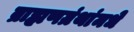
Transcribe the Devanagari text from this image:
ब्राह्मणग्रंथांमधे